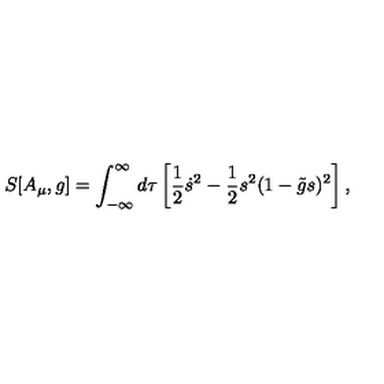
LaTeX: S [ A _ { \mu } , g ] = \int _ { - \infty } ^ { \infty } d \tau \left[ { \frac { 1 } { 2 } } \dot { s } ^ { 2 } - { \frac { 1 } { 2 } } s ^ { 2 } ( 1 - \tilde { g } s ) ^ { 2 } \right] ,